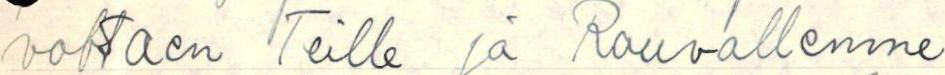
vottaen Teille ja Rouvallenne